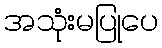
အသုံးမပြုပေ